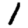
Digit: 1